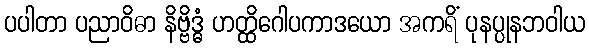
ပပါတာ ပညာဝိဓာ နိဗ္ဗိဒ္ဓံ ဟတ္ထိဂေါပကာဒယော အကရိံ ပုနပ္ပုနဘဝါယ